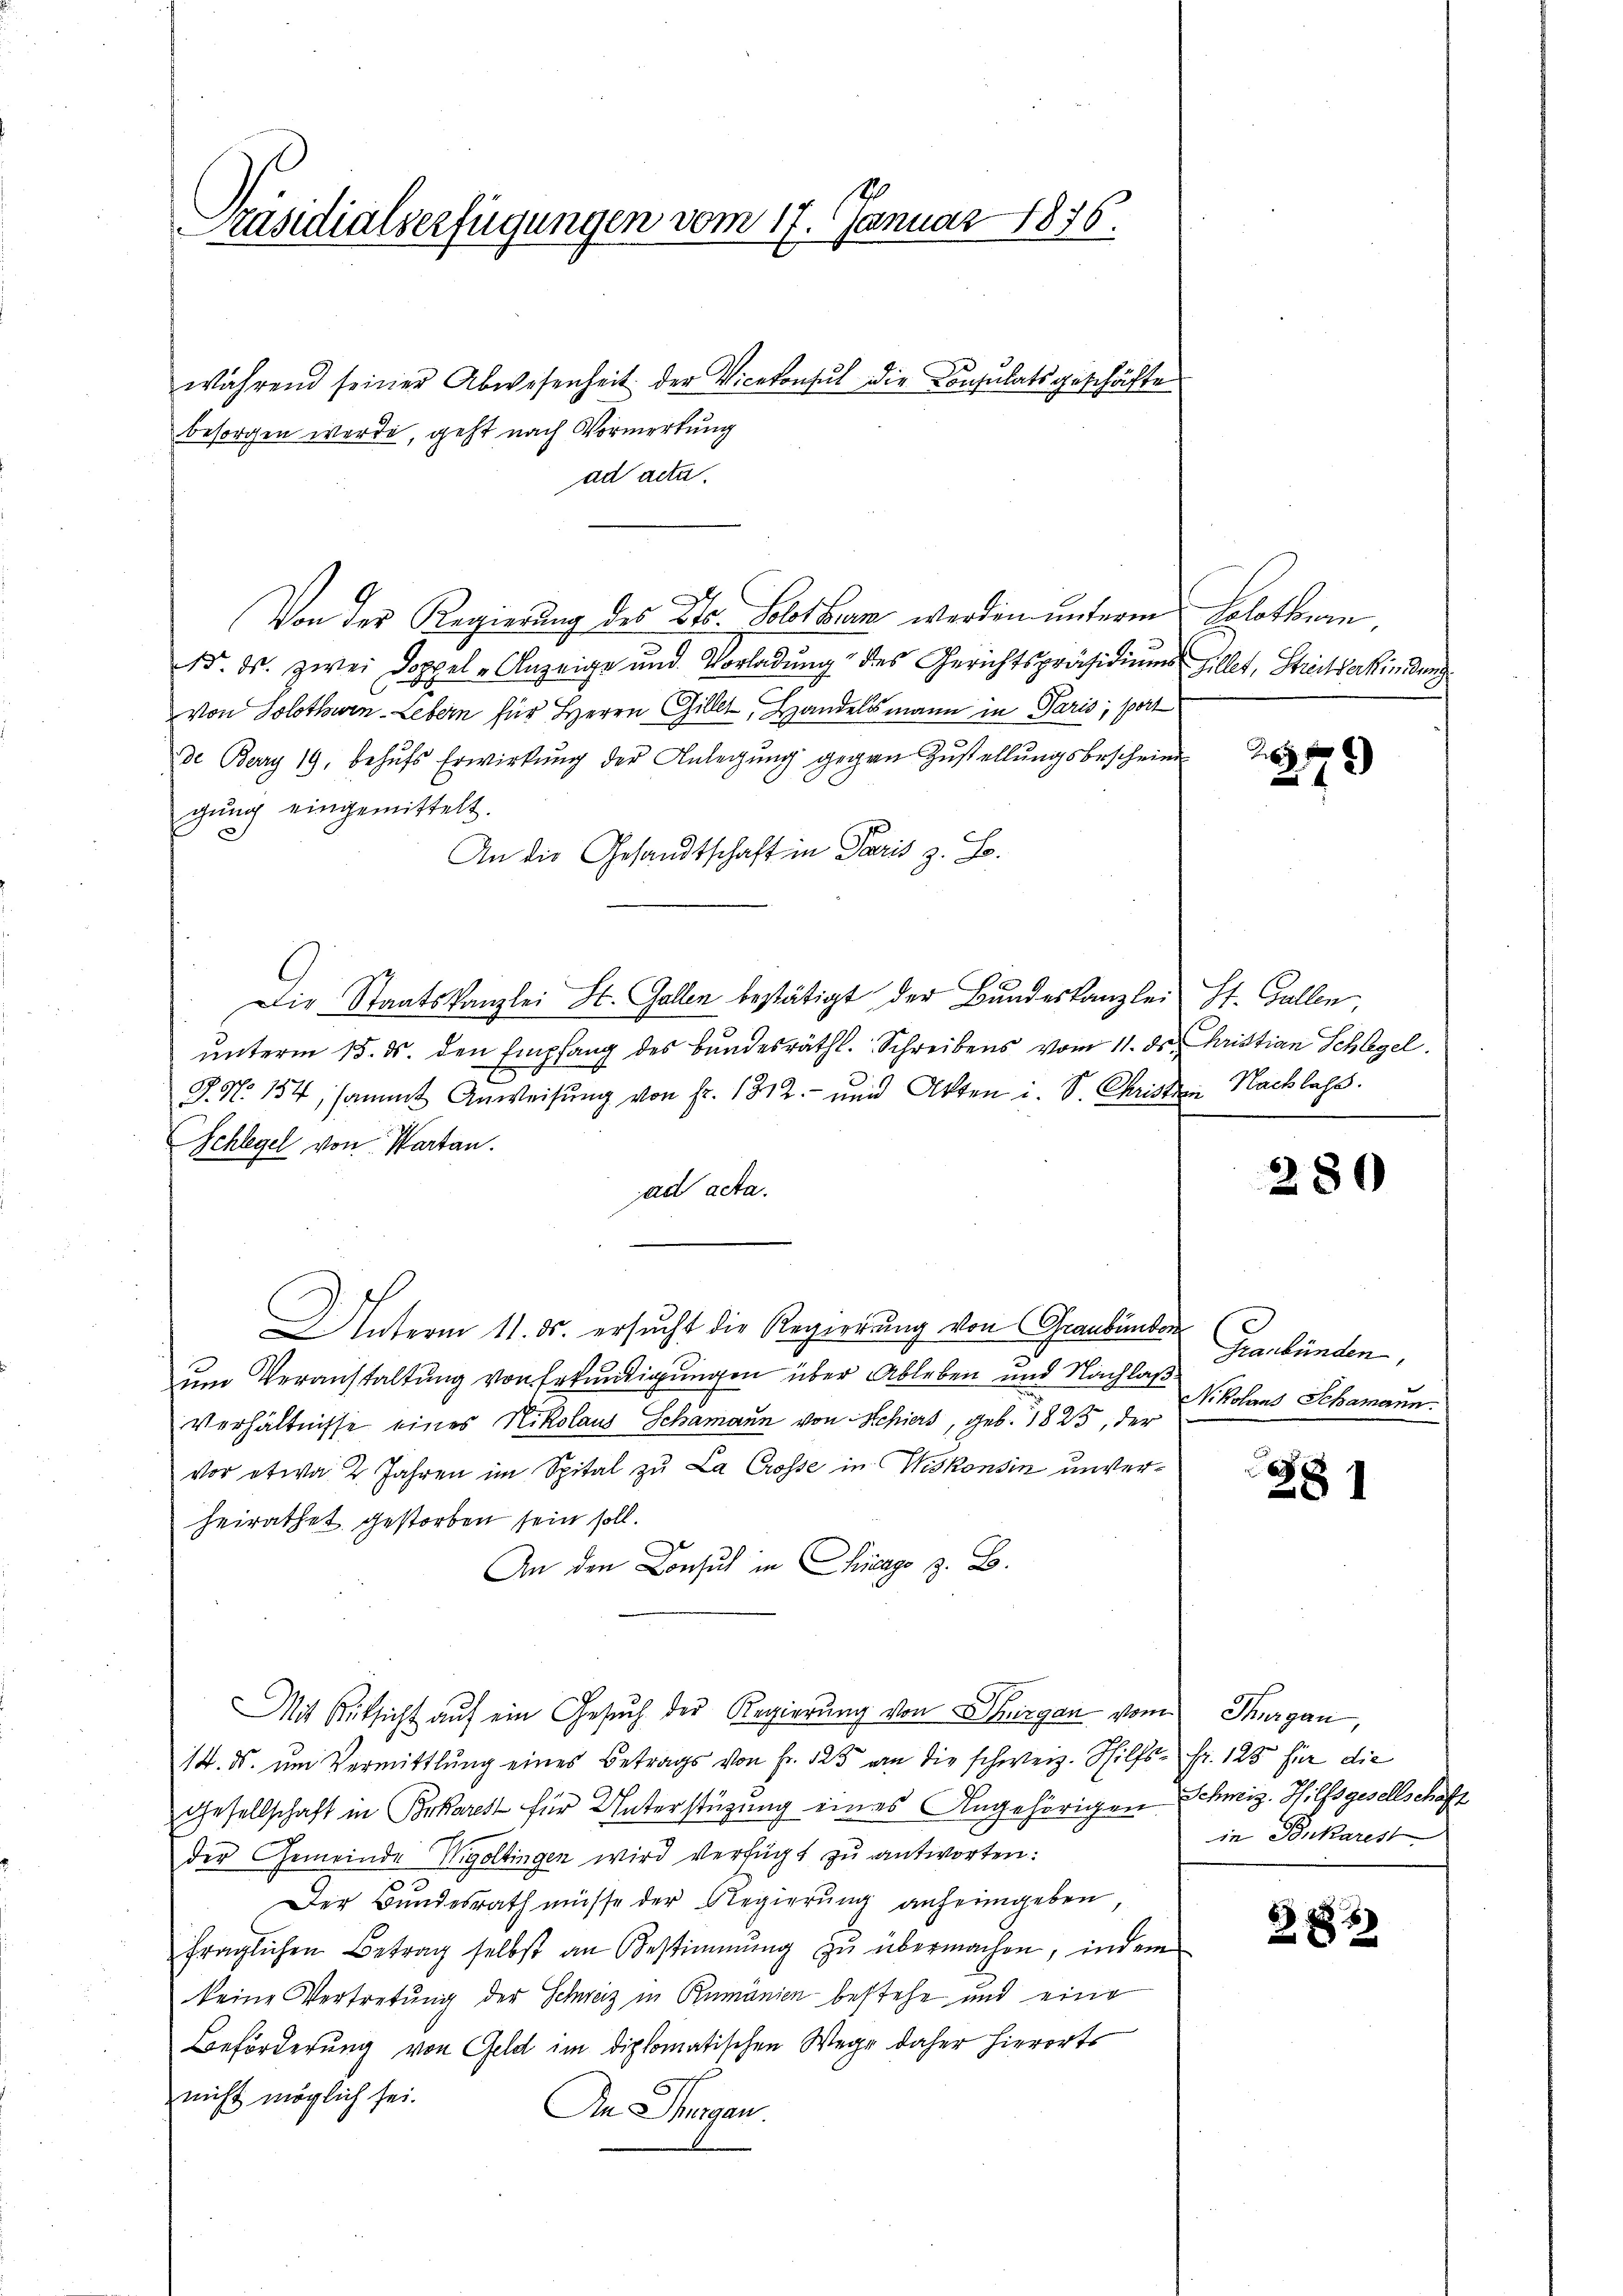
Präsidialverfügungen vom 17. Januar 1876.

während seiner Abwesenheit der Vicekonsul die Consulatsgeschäfte
besorgen werde, geht nach Vormerkung
ad acta.
Von der Regierung des Kts. Solothurn werden unterm Solothurn,
d. M. zwei Doppel - Anzeige und Vorladung des Gerichtspräsidiums fillet, Streitverkindung
von Solothwen-Lebern für Herrn Gillet, Handelsmann in Paris, port
de Berry 19, behŭfs Erwirkŭng der Anlegŭng gegen Zustellungsbeschein
gung eingemittelt.
d
An die Gesandtschaft in Paris z. B.
Die Staatskanzlei St. Gallen bestätigt der Bundeskanzlei St. Gallen,
ŭnterm 15. ds. den Empfang des Bundesräthl. Schreibens vom 11. ds. Christian Schlegel.
J. N. 154, sammt Anweisung von Fr. 1312.- und Akten i. S. Christen Nachlass
Schlegel von Warten.
ad acta.
Anterm 11. ds. ersucht die Regierung von Graubünden
um Veranstaltung von Erkundigungen über Ableben und Nachlaß
Verhältnisse eines Nikolaus Schamann von Schiers, geb. 1823, der
vor etwa 2. Jahren im Spital zu La Crosse in Wiskonsin unverheirathet gestorben sein soll.
An den Consul in Chicago z. B.
Mit Rüksicht aŭf ein Gesŭch der Regierung von Thurgau vom Thurgau,
14. ds. um Vermittlung eines Betrags von Fr. 125 an die schweiz. Hilfs- Fr. 125 für die
Gesellschaft in Brkarest für Unterstüzung eines Angehörigen Schmiz. Hilfsgesellschaft
der Gemeinde Wigoltingen wird verfügt zŭ antworten:
Der Bundesrath müsse der Regierung anheimgeben,
fraglichen Betrag selbst an Bestimmung zŭ übermachen, indem
keine Vertretung der Schweiz in Rumänien bestehe und eine
Beförderung von Geld im diplomatischen Wege daher hierorts
nicht möglich sei.
An Sorgen.

257
x

280

Graubünden,
Nikolaus Schamann.

881

in Tonkarest

385